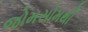
જોમસોમથી